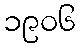
၁၉၀၆